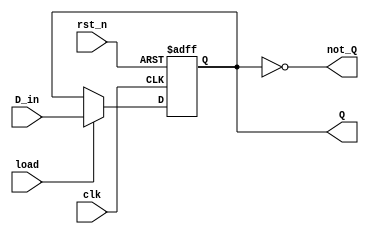
module one_bit_register (
    input  wire clk,
    input  wire rst_n,
    input  wire load,
    input  wire D_in,
    output reg  Q,
    output wire not_Q
);
  always @(posedge clk or negedge rst_n) begin
    if (!rst_n) begin
      Q <= 1'b0;
    end else if (load) begin
      Q <= D_in;
    end
  end
  assign not_Q = ~Q;
endmodule